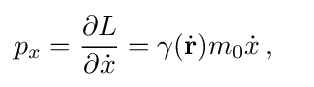
p_{x}={\frac {\partial L}{\partial {\dot {x}}}}=\gamma ({\dot {\mathbf {r} }})m_{0}{\dot {x}}\,,\quad